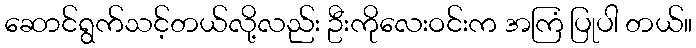
ဆောင်ရွက်သင့်တယ်လို့လည်း ဦးကိုလေးဝင်းက အကြံ ပြုပါ တယ်။